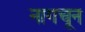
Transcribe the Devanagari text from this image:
नागचून